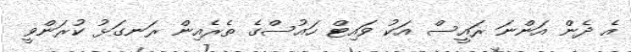
އެ ދެން އަންނަ ރައީސް އަކު ވައިޓް ހައުސްގެ ތެރެއިން ރަނގަޅު ކުރަންވީ